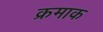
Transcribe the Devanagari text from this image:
क्रमाक